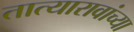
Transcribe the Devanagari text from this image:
तात्यारावांच्या